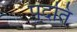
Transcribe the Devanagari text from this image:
पदति